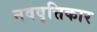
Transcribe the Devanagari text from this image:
नववृत्तिकार